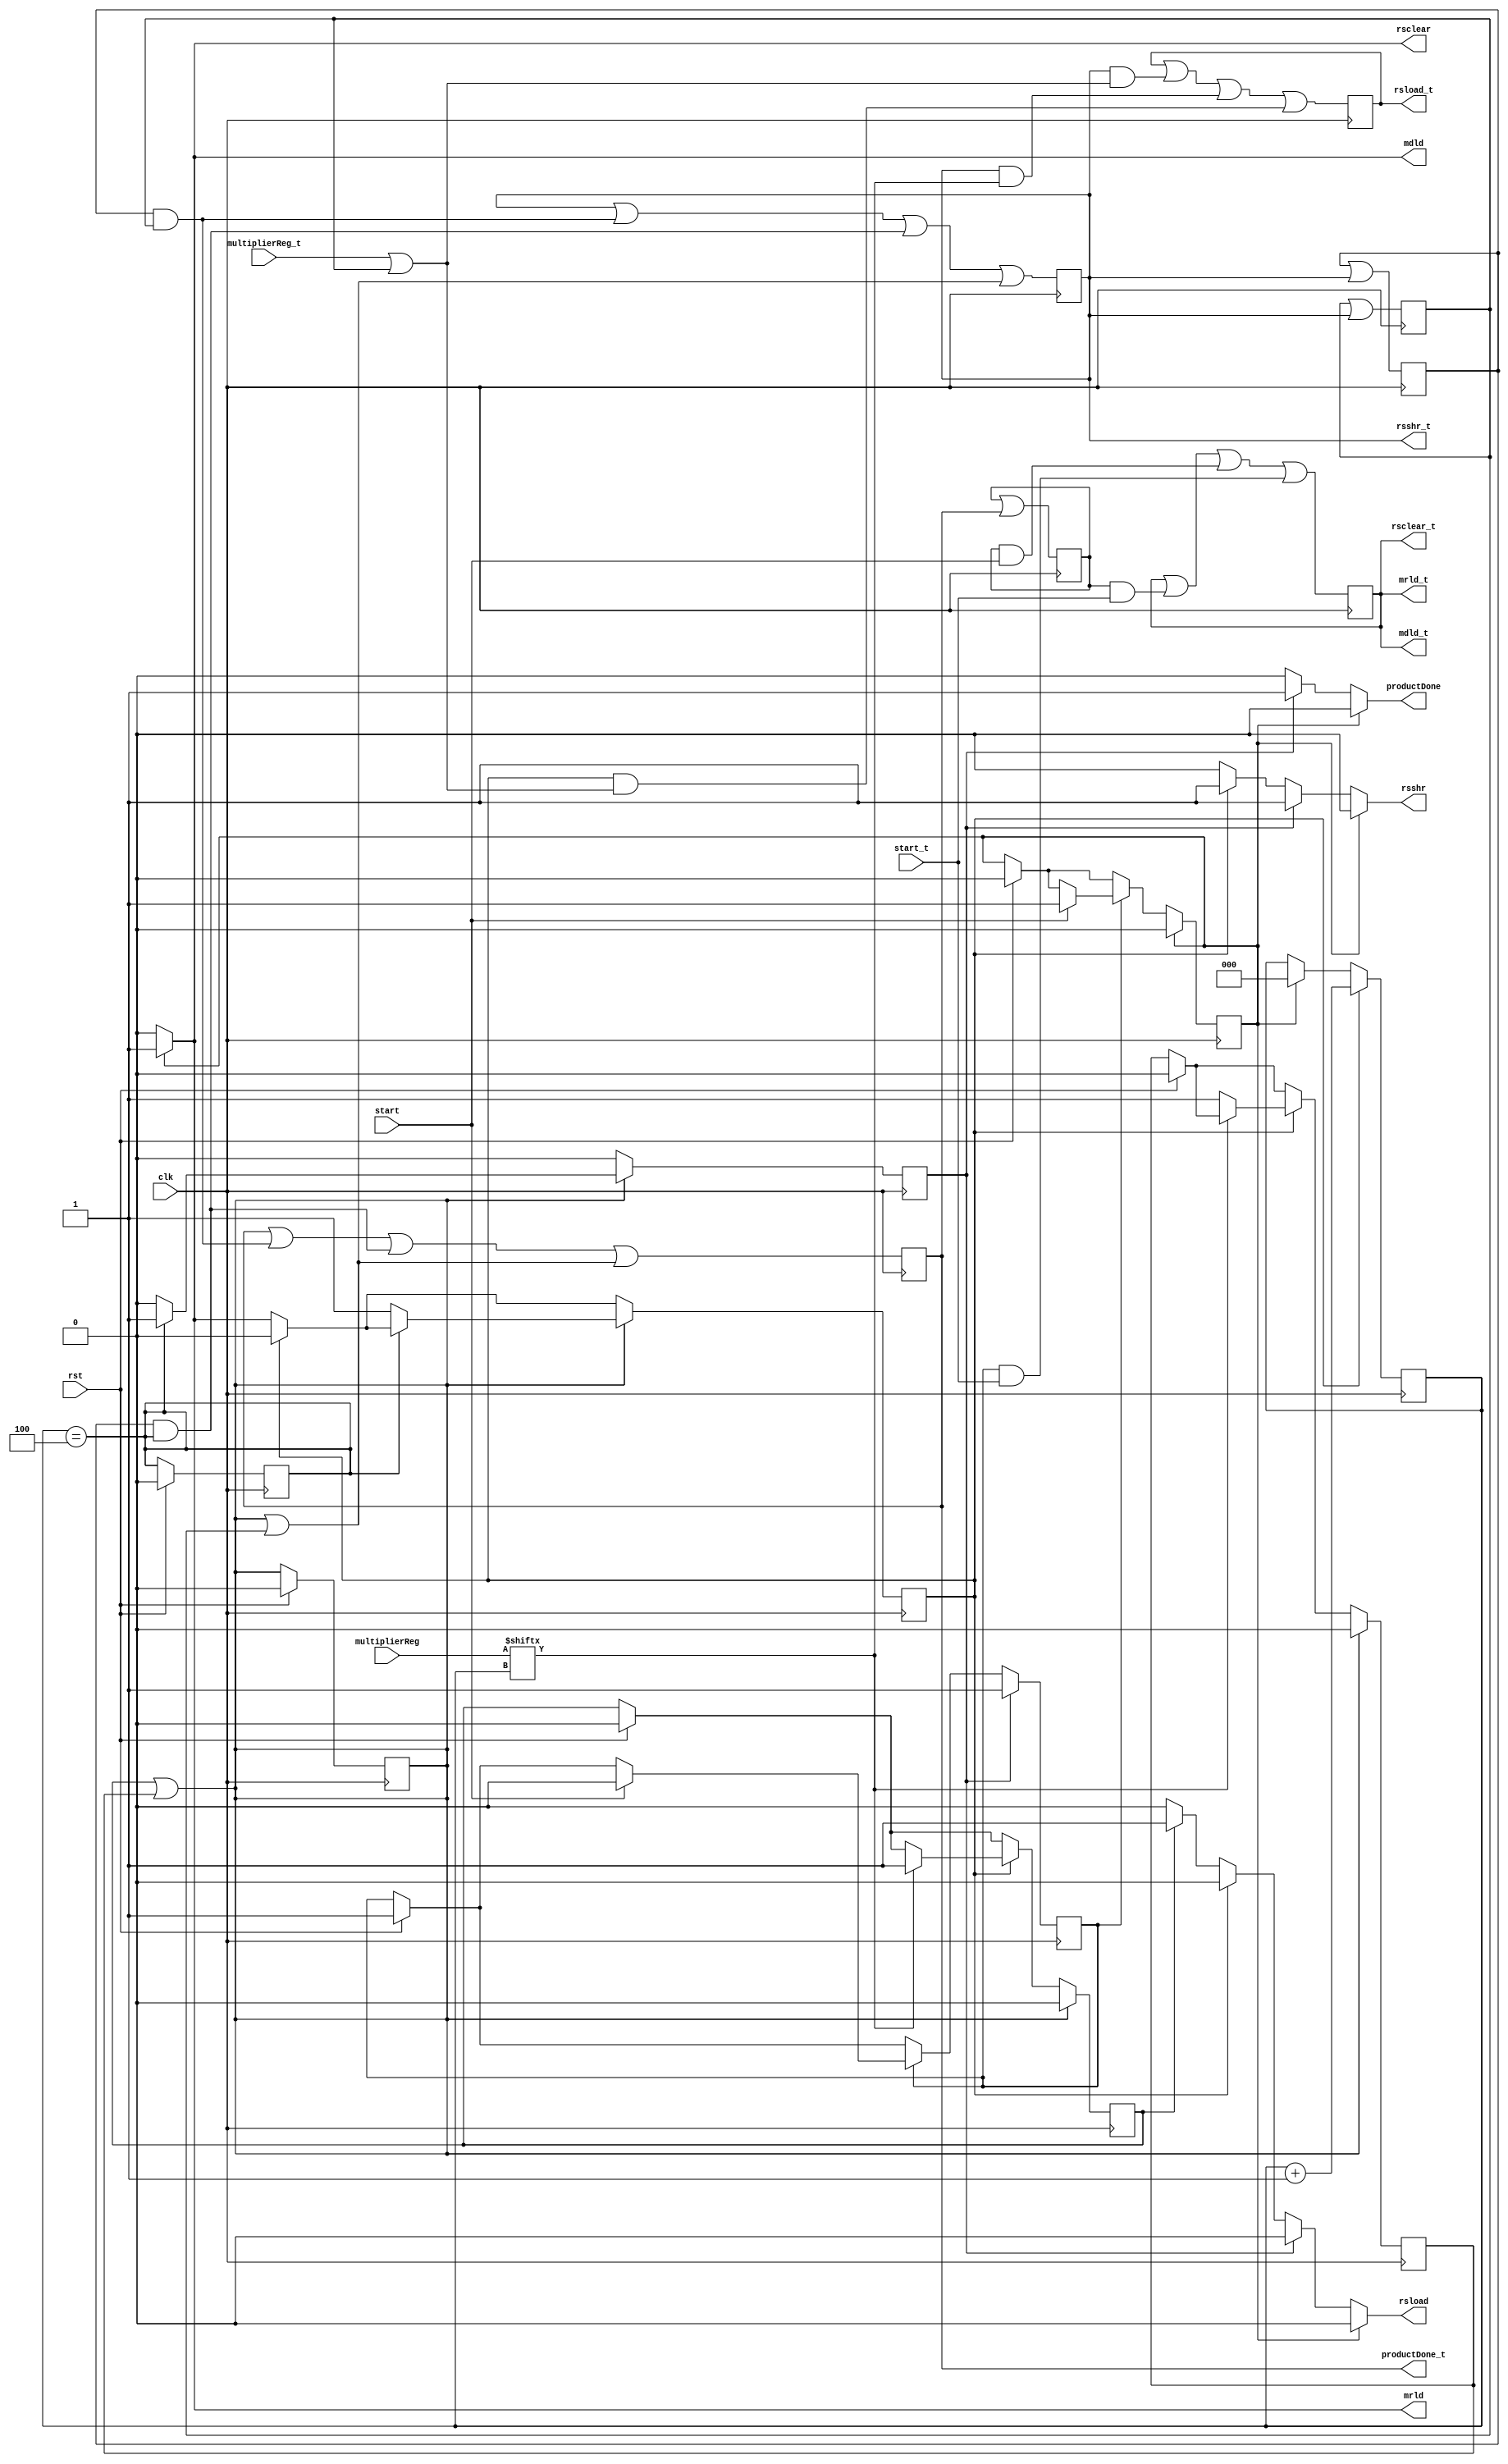
//==============================================================================
// Control Module for Sequential Multiplier
//==============================================================================

module MultiplierControl_TaintTrackWord #(parameter WIDTH = 4)(
	// External Inputs
	input   clk,           // Clock
    input   rst,           // reset
	input   start,
    input   start_t,

    // External Output
    output reg productDone,
    output reg productDone_t,

	// Outputs to Datapath
	output reg  rsload,
    output reg  rsload_t,
	output reg  rsclear,
    output reg  rsclear_t,
	output reg  rsshr,
    output reg  rsshr_t,
    output reg  mrld,
    output reg  mrld_t,
    output reg  mdld,
    output reg  mdld_t,

	// Inputs from Datapath
    input [WIDTH - 1:0] multiplierReg,
    input multiplierReg_t
);
	// Local Vars
	// # of states = 6
    localparam COUNTER_WIDTH = $clog2(WIDTH);
    reg [COUNTER_WIDTH:0] bitCounter;
    reg bitCounter_t;

    // predicates
    reg p_START;
    reg p_INIT;
    reg p_SHIFT;
    reg p_NOP;
    reg p_LOAD;
    reg p_FINAL;
    reg p_COUNT_DONE;
    reg p_LN;

    // predicate taints
    reg p_START_t;
    reg p_INIT_t;
    reg p_SHIFT_t;
    reg p_NOP_t;
    reg p_LOAD_t;
    reg p_FINAL_t;
    reg p_COUNT_DONE_t;
    reg p_LN_t;

	// Output Combinational Logic
	always @( * ) begin
		// Set defaults
        rsload = 0;
        rsclear = 0;
        rsshr = 0;
        mrld = 0;
        mdld = 0;
        productDone = 0;

        p_COUNT_DONE = (bitCounter == WIDTH);

        p_LN = p_LOAD | p_NOP;

        if (p_INIT) begin
            mdld = 1;
            mrld = 1;
            rsclear = 1;
        end
        else if (p_FINAL) begin
            rsshr = 1;
            productDone = 1;
        end
        else if (p_SHIFT) begin
            rsshr = 1;
        end
        else if (p_LOAD) begin
            rsload = 1;
        end

        p_COUNT_DONE_t = bitCounter_t;

        mdld_t = p_INIT_t;
        mrld_t = p_INIT_t;
        rsclear_t = p_INIT_t;

        rsshr_t = p_FINAL_t;
        productDone_t = p_FINAL_t;

        rsshr_t = p_SHIFT_t;

        rsload_t = p_LOAD_t;
	end

	// Next State Logic
	always @(posedge clk) begin

        if (rst) begin
			p_START <= 1;
            p_INIT <= 0;
            p_SHIFT <= 0;
            p_FINAL <= 0;
            p_COUNT_DONE <= 0;
            p_LN <= 0;
            p_LOAD <= 0;
            p_NOP <= 0;
		end
		
		if (p_START) begin
			if (start) begin
				p_INIT <= 1;
                p_START <= 0;
			end
		end
		if (p_INIT) begin
			p_SHIFT <= 1;
            p_INIT <= 0;
            bitCounter <= 0;
		end
        if (p_FINAL) begin
            p_START <= 1;
            p_FINAL <= 0;
        end
        if (p_SHIFT) begin
            p_SHIFT <= 0;

            if (multiplierReg[bitCounter]) begin
                p_LOAD <= 1;
            end
            else begin
                p_NOP <= 1;
            end
            bitCounter <= bitCounter + 1;
        end
        if (p_LN) begin
            if (p_COUNT_DONE) begin
                p_FINAL <= 1;
                p_LOAD <= 0;
                p_NOP <= 0;
            end
            else begin
                p_SHIFT <= 1;
                p_LOAD <= 0;
                p_NOP <= 0;
            end
        end

        p_INIT_t <= p_INIT_t | (p_START_t & start_t) | (p_START_t & start) | (p_START & start_t);
        p_SHIFT_t <= p_SHIFT_t | p_INIT_t;
        p_START_t <= p_START_t | p_FINAL_t;
        bitCounter_t <= bitCounter_t | p_SHIFT_t;
        p_LOAD_t <= p_LOAD_t | (p_SHIFT_t & (multiplierReg_t | bitCounter_t)) | (p_SHIFT_t & multiplierReg[bitCounter]) | (p_SHIFT & (multiplierReg_t | bitCounter_t));
        p_NOP_t <= p_NOP_t | (p_SHIFT_t & (multiplierReg_t | bitCounter_t)) | (p_SHIFT_t & multiplierReg[bitCounter]) | (p_SHIFT & (multiplierReg_t | bitCounter_t));
        p_LN_t <= p_LN_t | p_SHIFT_t;
        p_FINAL_t <= p_FINAL_t | (p_LN_t & p_COUNT_DONE_t) | (p_LN_t & p_COUNT_DONE) | (p_LN | p_COUNT_DONE_t);
        p_SHIFT_t <= p_SHIFT_t | (p_LN_t & p_COUNT_DONE_t) | (p_LN_t & p_COUNT_DONE) | (p_LN | p_COUNT_DONE_t);
	end

endmodule